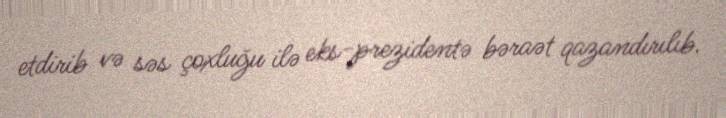
etdirib və səs çoxluğu ilə eks-prezidentə bəraət qazandırılıb.